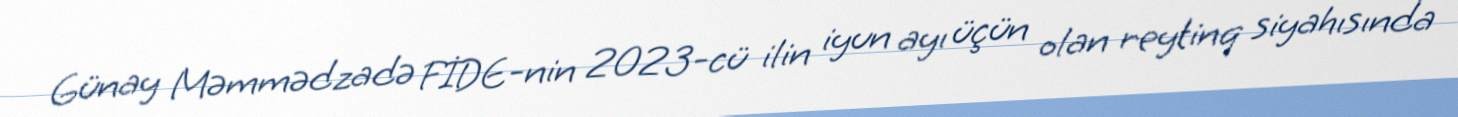
Günay Məmmədzadə FİDE-nin 2023-cü ilin iyun ayı üçün olan reytinq siyahısında